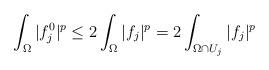
LaTeX: \begin{align*} \int_\Omega |f^0_j|^p \leq 2\int_\Omega |f_j|^p = 2\int_{\Omega\cap U_j} |f_j|^p\end{align*}